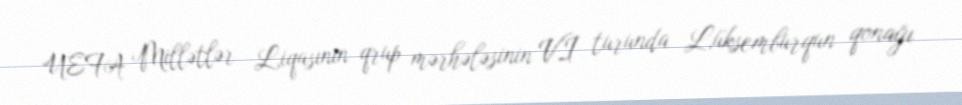
UEFA Millətlər Liqasının qrup mərhələsinin VI turunda Lüksemburqun qonağı